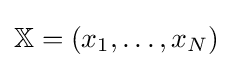
\mathbb {X} =(x_{1},\ldots ,x_{N})